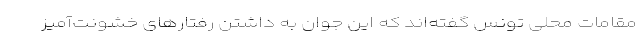
مقامات محلی تونس گفته‌اند که این جوان به داشتن رفتارهای خشونت‌آمیز